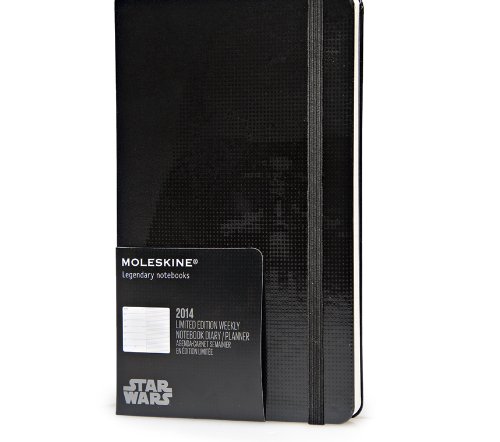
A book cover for Moleskine 2014 Star Wars Limited Edition Weekly Planner, 12 Month, Large, Black, Hard Cover (5 x 8.25) (Planners & Datebooks); Moleskine; Calendars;